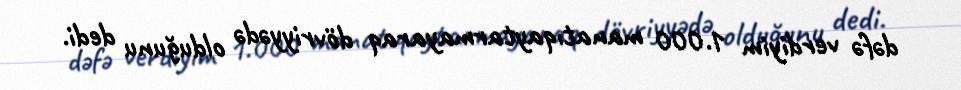
dəfə verdiyim 1.000 manatıqaytarmayaraq dövriyyədə olduğunu dedi.